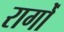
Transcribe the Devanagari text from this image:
रागोँ